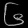
Digit: ၆